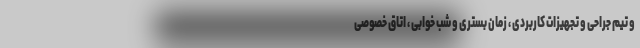
و تیم جراحی و تجهیزات کاربردی ، زمان بستری و شب خوابی ، اتاق خصوصی